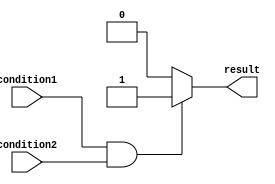
module if_else_with_and_operator (
    input wire condition1,
    input wire condition2,
    output reg result
);

always @(*) begin
    if (condition1 && condition2) begin
        result = 1'b1; // code inside if block
    end else begin
        result = 1'b0; // code inside else block
    end
end

endmodule